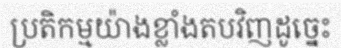
ប្រតិកម្មយ៉ាងខ្លាំងតបវិញដូច្នេះ